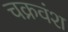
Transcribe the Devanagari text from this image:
चक्रवंश